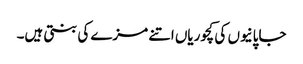
جاپانیوں کی کچوریاں اتنے مزے کی بنتی ہیں۔